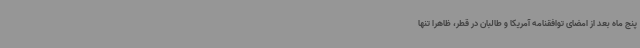
پنج ماه بعد از امضای توافقنامه آمریکا و طالبان در قطر، ظاهرا تنها